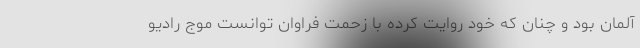
آلمان بود و چنان که خود روایت کرده با زحمت فراوان توانست موج رادیو